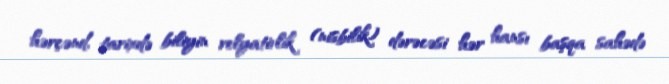
hərçənd, tarixdə biliyin relyativlik (nisbilik) dərəcəsi hər hansı başqa sahədə